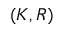
( K , R )